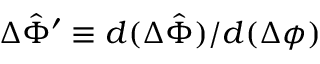
\Delta \hat { \Phi } ^ { \prime } \equiv d ( \Delta \hat { \Phi } ) / d ( \Delta \phi )